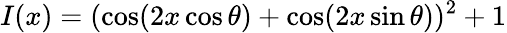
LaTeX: I(x)=(\cos(2x\cos\theta)+\cos(2x\sin\theta))^{2}+1